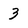
Character: 3